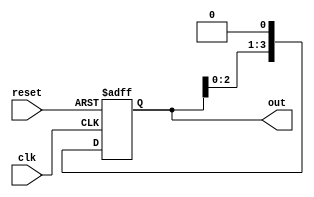
module RingCounter (
    input wire clk,
    input wire reset,
    output reg [3:0] out
);

reg [3:0] state;

always @ (posedge clk or posedge reset) begin
    if (reset) begin
        state <= 4'b0001;
    end else begin
        state <= state << 1;
    end
end

assign out = state;

endmodule